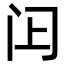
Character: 𬮛